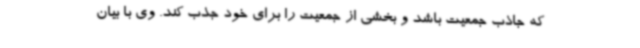
که جاذب جمعیت باشد و بخشی از جمعیت را برای خود جذب کند. وی با بیان